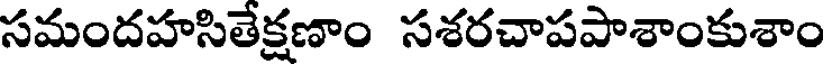
సమందహసితేక్షణాం సశరచాపపాశాంకుశాం